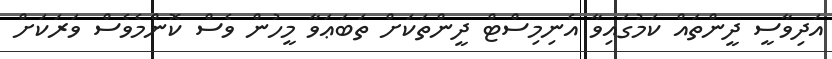
އަދިވާސީ ދީންތައް ކަމުގައިވާ އެނިމިސްޓް ދީންތަކަށް ތަބަޢަވާ މީހުން ވެސް ކޮންމެވެސް ވަރަކަށް